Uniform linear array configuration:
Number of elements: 12
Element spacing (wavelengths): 0.75
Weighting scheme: binomial
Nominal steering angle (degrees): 45
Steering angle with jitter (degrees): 45.009
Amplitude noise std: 0.05
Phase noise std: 0.05

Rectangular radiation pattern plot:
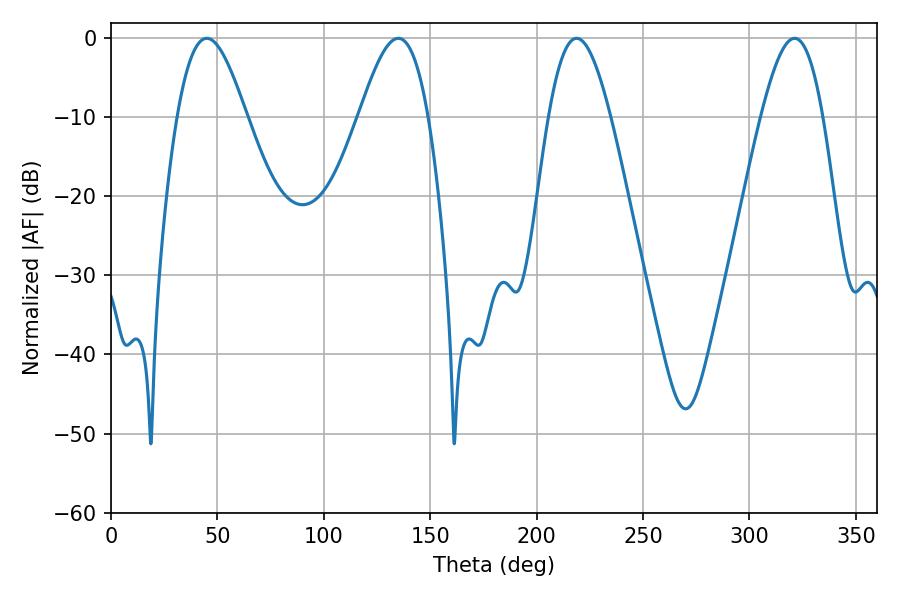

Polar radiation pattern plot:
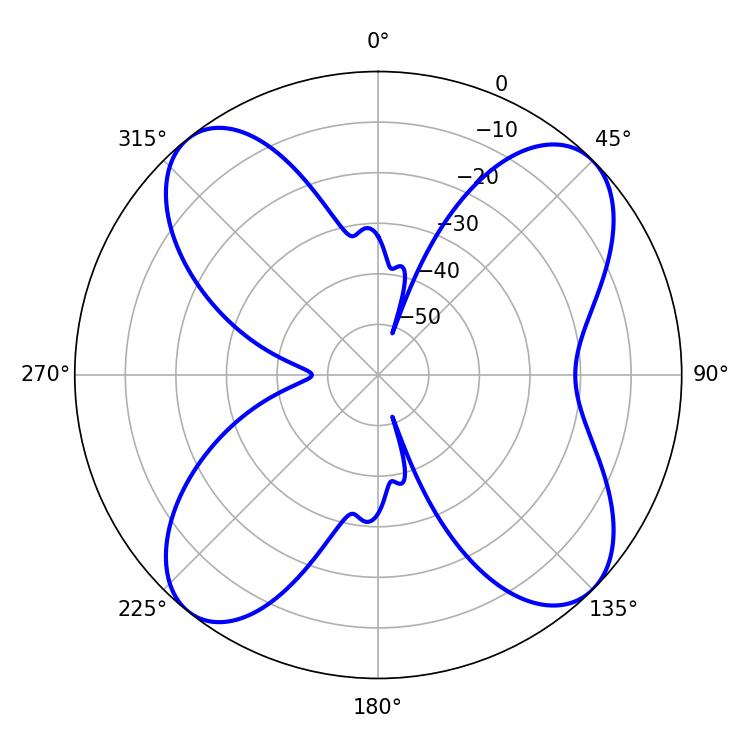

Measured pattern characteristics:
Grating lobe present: TRUE
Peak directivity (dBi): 12.579
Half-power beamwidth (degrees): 17.28
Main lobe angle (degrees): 45